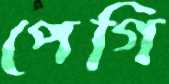
পেগি